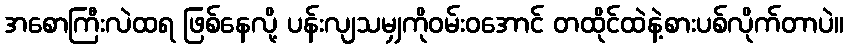
အစောကြီးလဲထရ ဖြစ်နေလို့ ပန်းလျသမျှကိုဝမ်းဝအောင် တထိုင်ထဲနဲ့စားပစ်လိုက်တာပဲ။